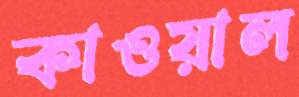
কাওয়াল